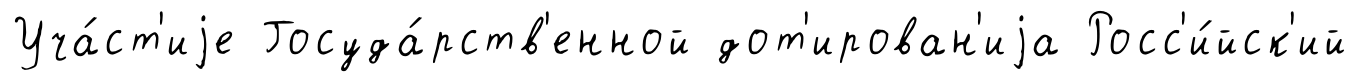
Уча́ст'иjе Госуда́рств'енной дот'ирован'иjа Росс'и́йск'ий